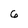
Character: 6